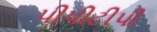
પીપીટીપી